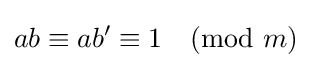
ab\equiv ab'\equiv 1{\pmod {m}}